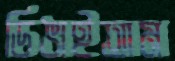
ডিঙাইতাম